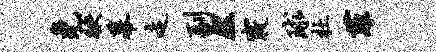
免袂幕走副然寝球杜菲